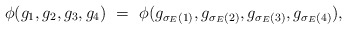
\begin{align*}\phi(g_{1},g_{2},g_{3},g_{4})\ =\ \phi(g_{\sigma_{E}(1)},g_{\sigma_{E}(2)}, g_{\sigma_{E}(3)},g_{\sigma_{E}(4)}),\end{align*}